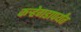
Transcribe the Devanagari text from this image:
कर्‍हेगडापर्यंत